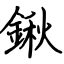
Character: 鍬